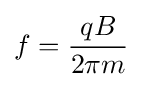
f={\frac {qB}{2\pi m}}